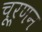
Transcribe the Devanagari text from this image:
चूर्णन